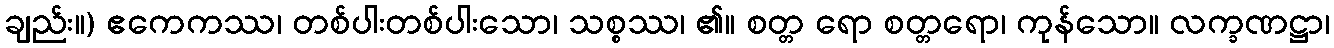
ချည်း။) ဧကေကဿ၊ တစ်ပါးတစ်ပါးသော၊ သစ္စဿ၊ ၏။ စတ္တ ရော စတ္တရော၊ ကုန်သော။ လက္ခဏဋ္ဌာ၊